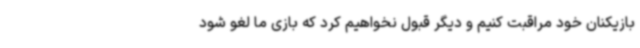
بازیکنان خود مراقبت کنیم و دیگر قبول نخواهیم کرد که بازی ما لغو شود